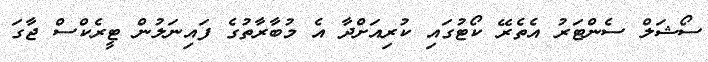
ސޯޝަލް ސެންޓަރު އެތެރޭ ކޯޓުގައި ކުރިއަށްދާ އެ މުބާރާތުގެ ފައިނަލުން ޓީރެކްސް ޖާގަ